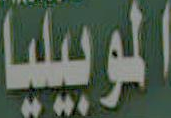
الموبيليا